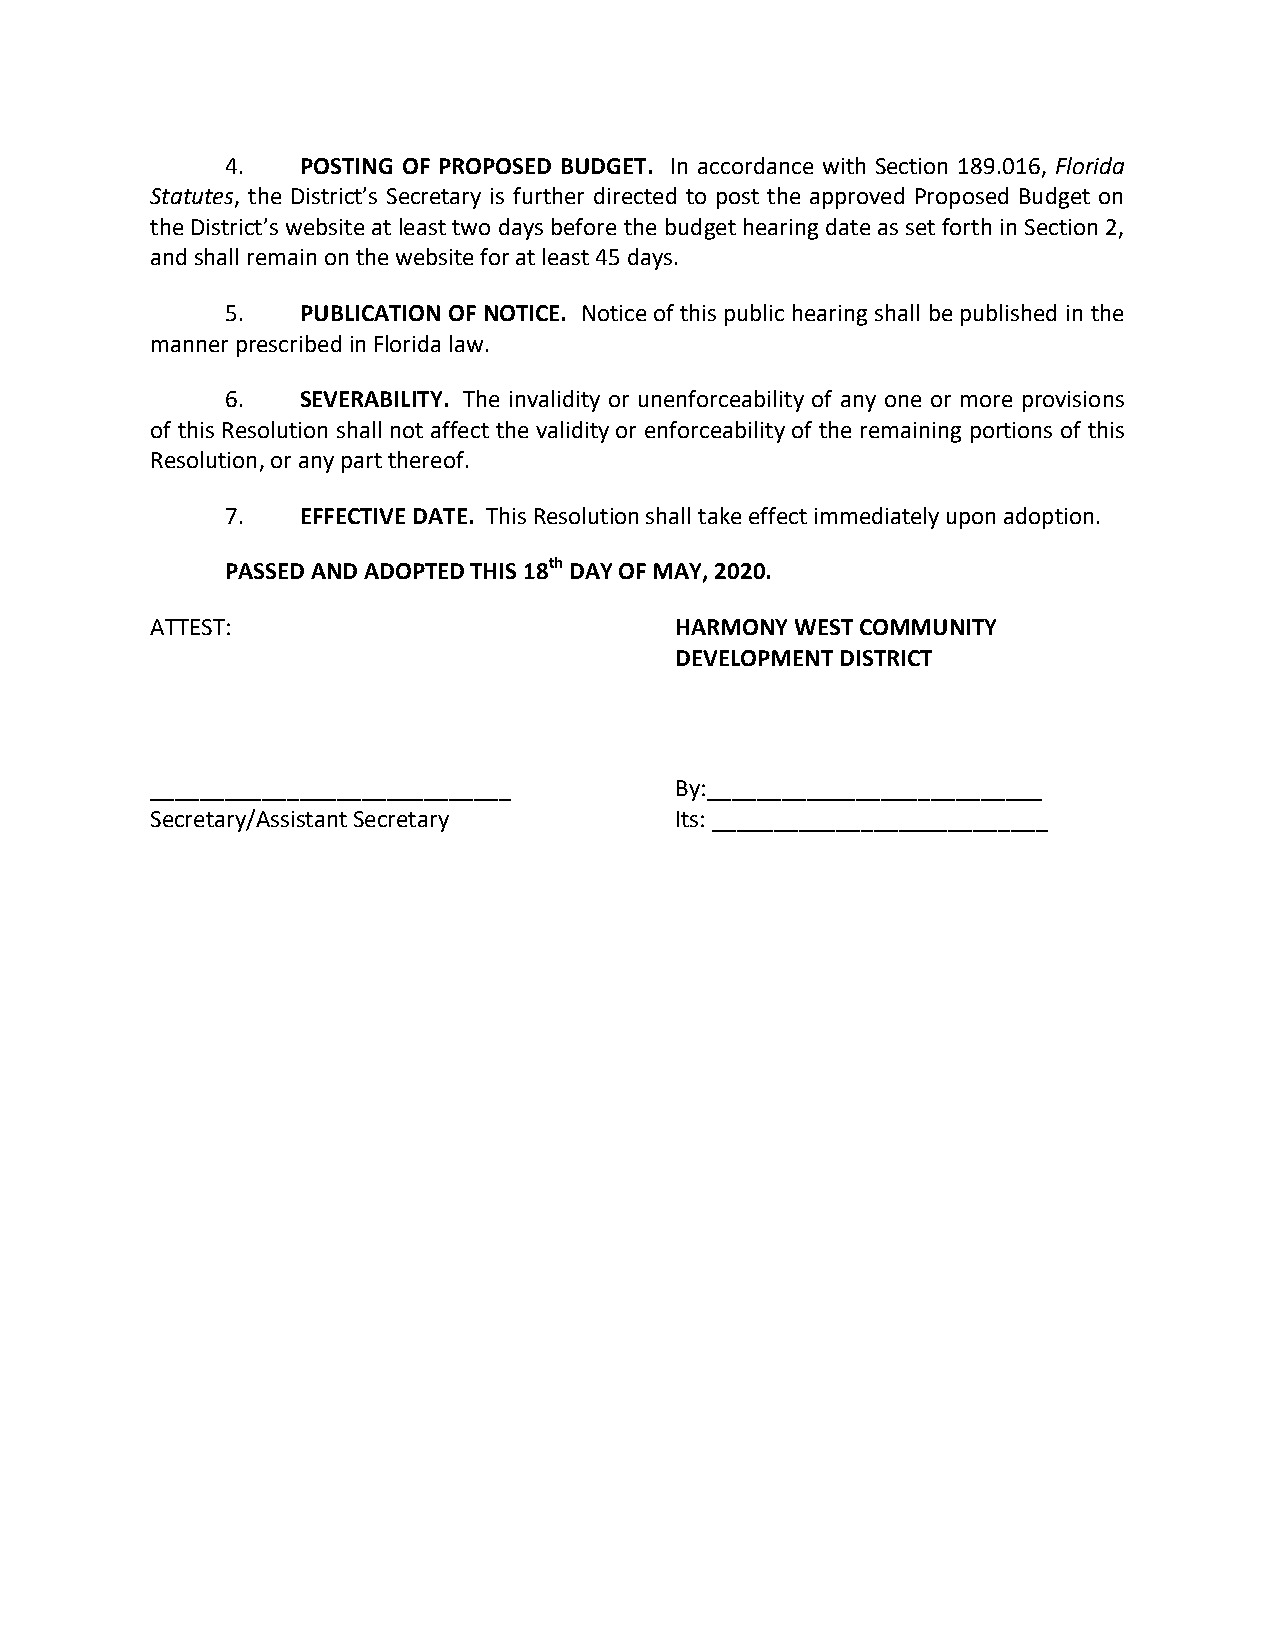
4.   POSTING OF PROPOSED BUDGET. In accordance with Section 189.016, Florida
 Statutes, the District’s Secretary is further directed to post the approved Proposed Budget on
 the District’s website at least two days before the budget hearing date as set forth in Section 2,
 and shall remain on the website for at least 45 days.
 5.   PUBLICATION OF NOTICE. Notice of this public hearing shall be published in the
 manner prescribed in Florida law.
 6.   SEVERABILITY. The invalidity or unenforceability of any one or more provisions
 of this Resolution shall not affect the validity or enforceability of the remaining portions of this
 Resolution, or any part thereof.
 7.   EFFECTIVE DATE. This Resolution shall take effect immediately upon adoption.
 PASSED AND ADOPTED THIS 18th DAY OF MAY, 2020.
 ATTEST:                            HARMONY WEST COMMUNITY
 DEVELOPMENT DISTRICT
 _____________________________      By:___________________________
 Secretary/Assistant Secretary      Its: ___________________________